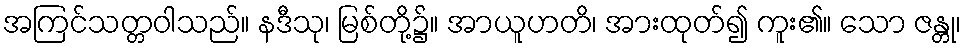
အကြင်သတ္တဝါသည်။ နဒီသု၊ မြစ်တို့၌။ အာယူဟတိ၊ အားထုတ်၍ ကူး၏။ သော ဇန္တု၊